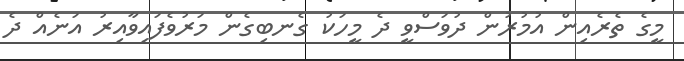
މީގެ ތެރެއިން އުމުރުން ދުވަސްވީ ދެ މީހަކު ގެނބިގެން މަރުވެފައިވާއިރު އަނެއް ދެ